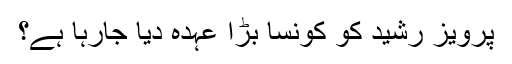
پرویز رشید کو کونسا بڑا عہدہ دیا جارہا ہے؟